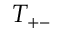
T _ { + - }